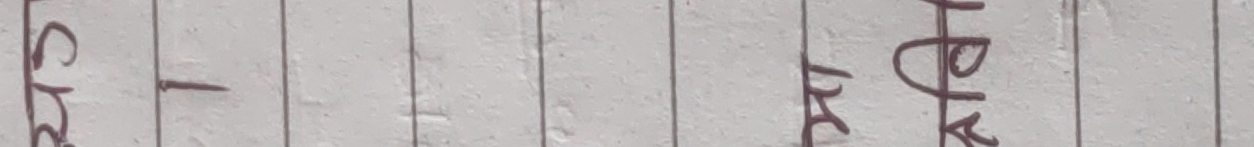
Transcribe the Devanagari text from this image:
श्री - कोप